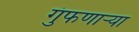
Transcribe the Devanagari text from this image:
गुंफणार्‍या